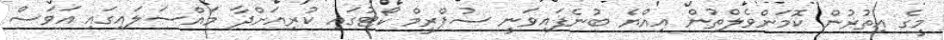
މީގެ އިތުރުން ކޮމަންވެލްތުން އިއްޔެ ބުނެފައިވަނީ ސުޕްރީމް ކޯޓުގައި ކުރިއަށްދާ މައްސަލައިގައި އަވަސް